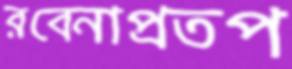
রবেনাপ্রতপ